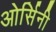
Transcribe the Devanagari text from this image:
ओर्सिनी